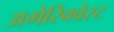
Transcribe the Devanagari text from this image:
अमेरिक्वेस्ट